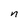
Character: n